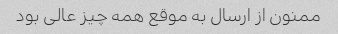
ممنون از ارسال به موقع همه چیز عالی بود